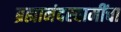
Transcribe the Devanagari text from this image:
ब्रह्मानंदस्वामींचा